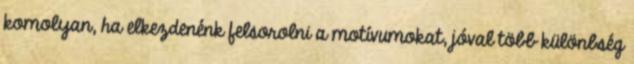
komolyan, ha elkezdenénk felsorolni a motívumokat, jóval több különbség